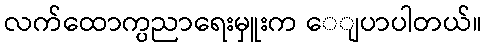
လက်ထောက္ပညာရေးမှူးက ေျပာပါတယ်။